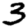
Digit: 3